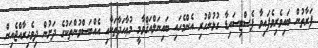
ފަރާތުން ބައިވެރިވެފައިވާ ޕެސްޓިސައިޑާ ގުޅުންހުރި އެންމެހައި ބައިނަލްއަޤްވާމީ މުޢާހަދާތަކާއި އެއްބަސްވުންތަކުގެ ދަށުން ދިވެހިރާއްޖެއިން